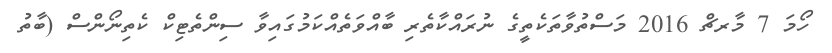
ހޯމަ 7 މާރޗް 2016 މަސްތުވާތަކެތީގެ ނުރައްކާތެރި ބާއްވަތެއްކަމުގައިވާ ސިންތެޓިކް ކެތިނޯންސް (ބާތު